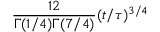
\frac { 1 2 } { \Gamma ( 1 / 4 ) \Gamma ( 7 / 4 ) } ( t / \tau ) ^ { 3 / 4 }